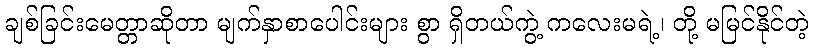
ချစ်ခြင်းမေတ္တာဆိုတာ မျက်နှာစာပေါင်းများ စွာ ရှိတယ်ကွဲ့ ကလေးမရဲ့၊ တို့ မမြင်နိုင်တဲ့